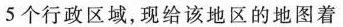
5个行政区域，现给该地区的地图着